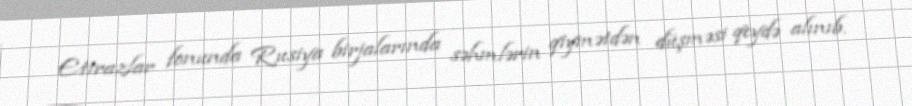
Etirazlar fonunda Rusiya birjalarında səhmlərin qiymətdən düşməsi qeydə alınıb.